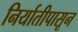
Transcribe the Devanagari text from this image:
निर्यातीपासून